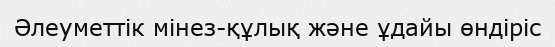
Әлеуметтік мінез-құлық және ұдайы өндіріс